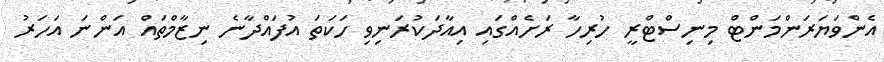
އެންވަޔަރަންމަންޓް މިނިސްޓްރީ ހުރިހާ ރަށެއްގައި އިއާދަކުރަނިވި ހަކަތަ އުފައްދާނެ ނިޒާމްތައް އަންނަ އަހަރު